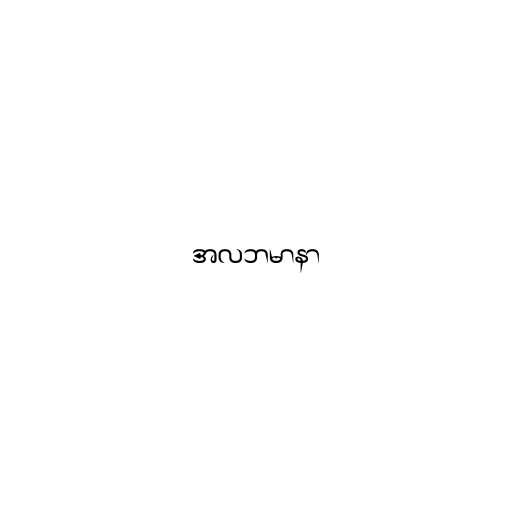
အလဘမာနာ